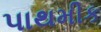
પાથમીક